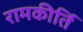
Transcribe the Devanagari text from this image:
रामकीर्ति